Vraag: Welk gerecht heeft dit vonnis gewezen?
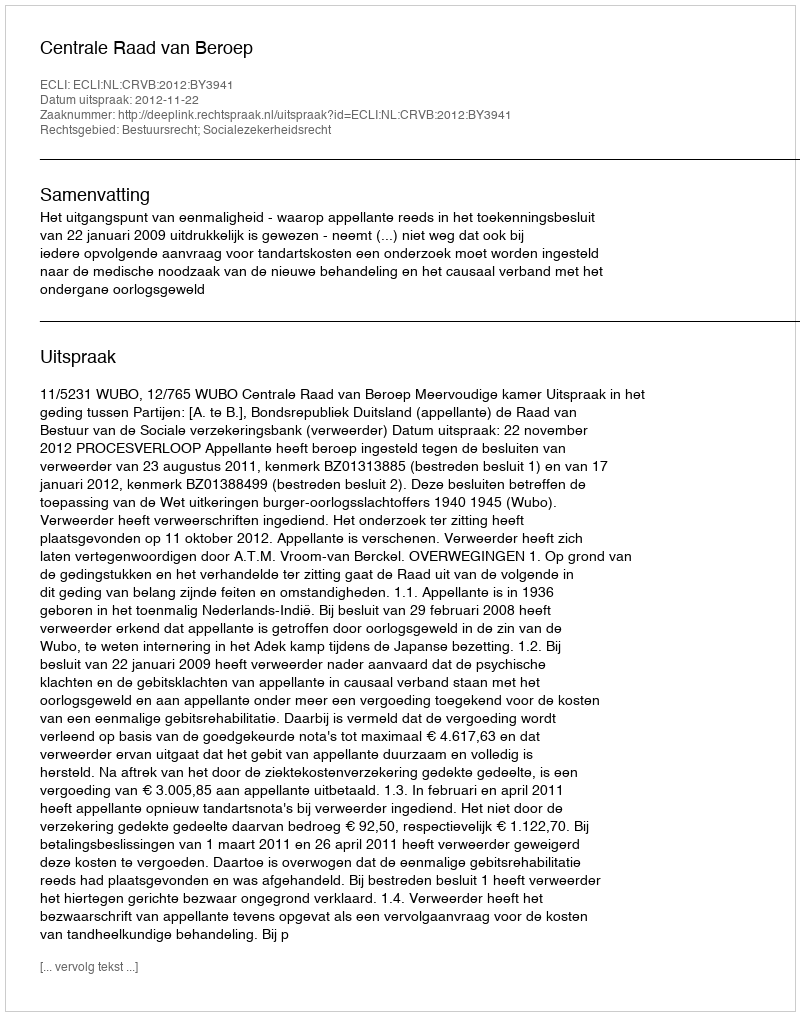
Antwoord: Centrale Raad van Beroep